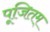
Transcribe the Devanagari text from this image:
पूजितम्